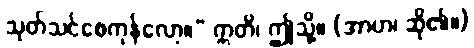
သုတ်သင်စေကုန်လော့။” ဣတိ၊ ဤသို့။ (အာဟ၊ ဆို၏။)